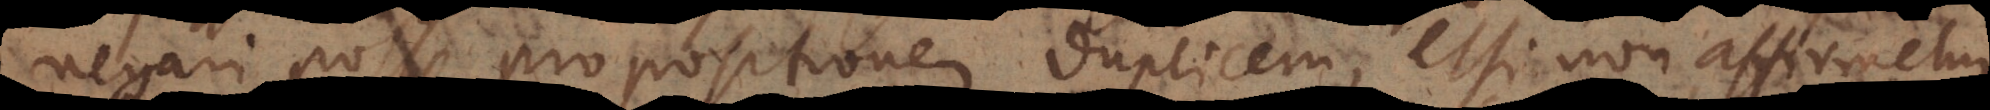
negari posse propositionem duplicem, etsi non affirmetur